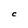
Character: C